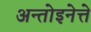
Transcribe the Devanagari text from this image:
अन्तोइनेत्ते